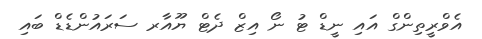
އެވްރީތިންގް އައި ނީޑް ޓު ނޯ އިޒް ދެޓް ޔޫއާރ ސަރައުންޑެޑް ބައި